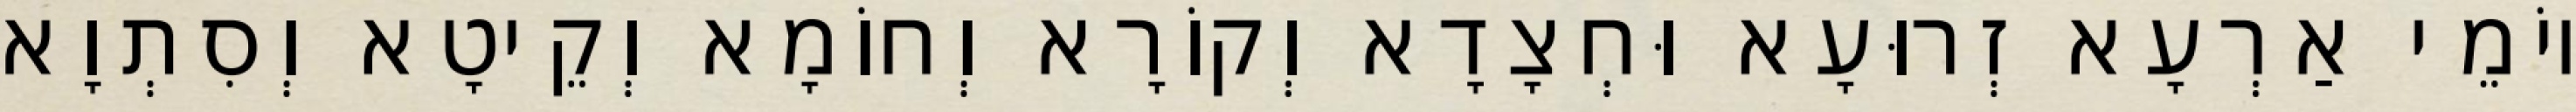
יוֹמֵי אַרְעָא זְרוּעָא וּחְצָדָא וְקוֹרָא וְחוֹמָא וְקֵיטָא וְסִתְוָא